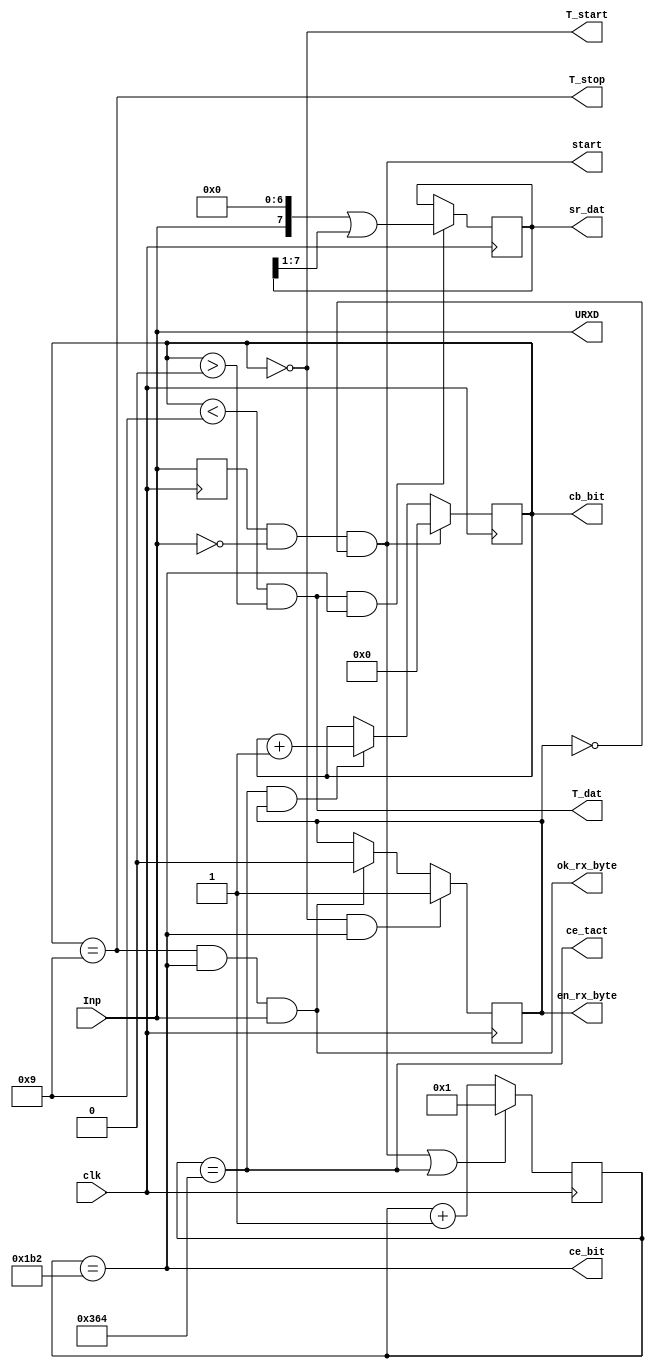
`timescale 1ns / 1ps
//////////////////////////////////////////////////////////////////////////////////
// Company: 
// Engineer: 
// 
// Design Name: 
// Module Name:    URXD1B 
// Project Name: 
// Target Devices: 
// Tool versions: 
// Description: 
//
// Dependencies: 
//
// Revision: 
// Revision 0.01 - File Created
// Additional Comments: 
//
//////////////////////////////////////////////////////////////////////////////////
module URXD1B( input clk, 	output reg en_rx_byte = 0,
					input Inp,	output reg [7:0] sr_dat=0,
									output reg [3:0] cb_bit=3,
									output wire ok_rx_byte,
									output wire start,
									output wire T_start,
									output wire T_dat, 
									output wire T_stop,
									output wire ce_tact,
									output wire ce_bit,
									output wire URXD);

parameter Fclk=50000000 ; 	//50 MHz
parameter VEL = 57600; 		//
parameter Nt = Fclk/VEL ; 	//
// 50M / 57600 = 868 = 0x364 => 15 is ok

reg [15:0]cb_tact=0 ;
assign ce_tact = (cb_tact==Nt); 
assign ce_bit = (cb_tact == Nt/2);//
assign T_start = (cb_bit == 0); //don't need en_rx_byte
assign T_dat = (cb_bit<9) & (cb_bit>0);
assign T_stop = (cb_bit == 9); //don't need en_rx_byte

assign ok_rx_byte = T_stop & ce_bit & URXD;//
assign URXD = Inp;
reg t_RXD;
wire dRXD = t_RXD & !URXD;
assign start = dRXD & !en_rx_byte ; //


always @ (posedge clk) begin
	t_RXD <= URXD;
	cb_tact <= (start | ce_tact)? 1 : cb_tact+1 ;
	en_rx_byte <= (T_start & ce_bit)? 1 : (ok_rx_byte)? 0 : en_rx_byte; //ok_rx_byte -> URXD???
	cb_bit <= start? 0 : (ce_tact & en_rx_byte)? cb_bit+1 : cb_bit ;
	sr_dat <= (T_dat & ce_bit)? (URXD << 7)|(sr_dat >> 1) : sr_dat;
end

endmodule